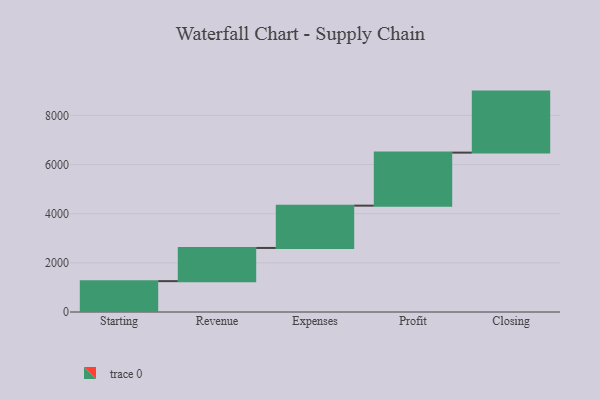
{"axis": {"x": "Step", "y": "Value"}, "legend": [""], "data": [{"x": "Starting", "y": 1256.0, "type": ""}, {"x": "Revenue", "y": 1350.0, "type": ""}, {"x": "Expenses", "y": 1722.0, "type": ""}, {"x": "Profit", "y": 2158.0, "type": ""}, {"x": "Closing", "y": 2483.0, "type": ""}]}